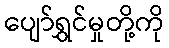
ပျော်ရွှင်မှုတို့ကို